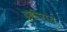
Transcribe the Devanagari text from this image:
द्वीपांत